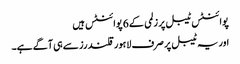
پوائنٹس ٹیبل پر زلمی کے 6 پوائنٹس ہیں
اور یہ ٹیبل پر صرف لاہور قلندرز سے ہی آگے ہے۔